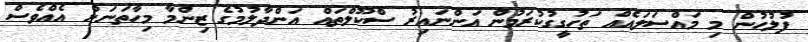
ފުލުހުން މި މައްސަލައެއް ތަހުގީގުކުރަމުން އަންނައިރު ސްކޫލްތައް އަންދާލުމުގެ ޒިންމާ މިހާތަނަށް އެއްވެސް